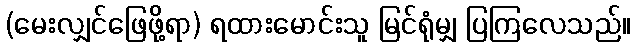
(မေးလျှင်ဖြေဖို့ရာ) ရထားမောင်းသူ မြင်ရုံမျှ ပြကြလေသည်။